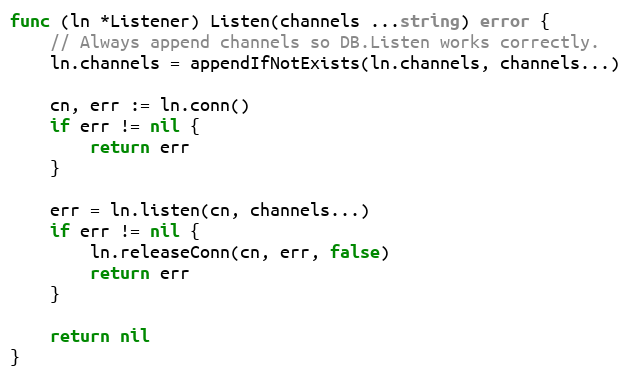
Language: Go
func (ln *Listener) Listen(channels ...string) error {
	// Always append channels so DB.Listen works correctly.
	ln.channels = appendIfNotExists(ln.channels, channels...)

	cn, err := ln.conn()
	if err != nil {
		return err
	}

	err = ln.listen(cn, channels...)
	if err != nil {
		ln.releaseConn(cn, err, false)
		return err
	}

	return nil
}